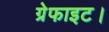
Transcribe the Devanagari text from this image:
ग्रेफाइट।